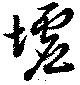
墟